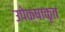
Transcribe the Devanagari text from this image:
उपेक्षाकृत